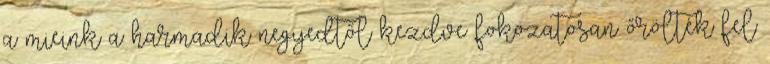
a mieink a harmadik negyedtől kezdve fokozatosan őrölték fel